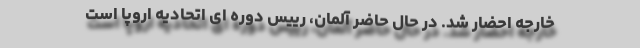
خارجه احضار شد. در حال حاضر آلمان، رییس دوره ای اتحادیه اروپا است